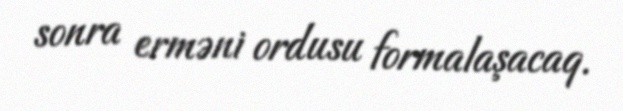
sonra erməni ordusu formalaşacaq.